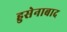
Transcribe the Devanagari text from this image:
हुसेनाबाद